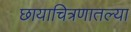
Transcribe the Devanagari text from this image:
छायाचित्रणातल्या